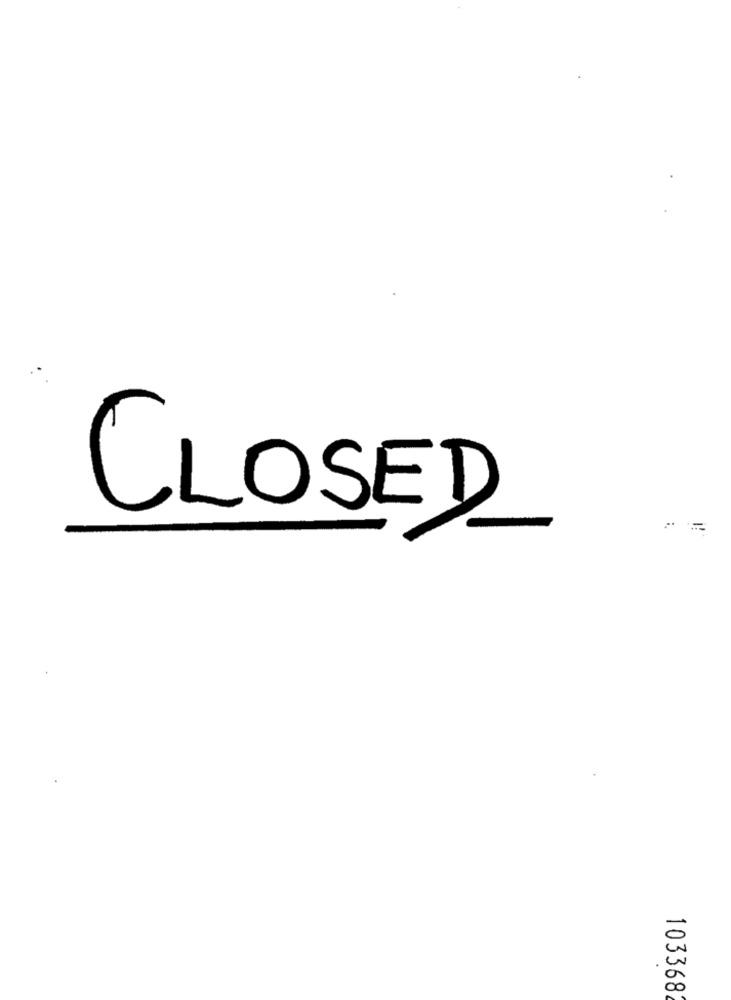
CLOSED
103368